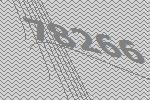
78266